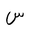
Letter: _sin